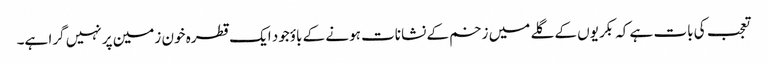
تعجب کی بات ہے کہ بکریوں کے گلے میں زخم کے نشانات ہونے کے باؤجود ایک قطرہ خون زمین پر نہیں گرا ہے۔